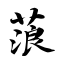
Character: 蒗